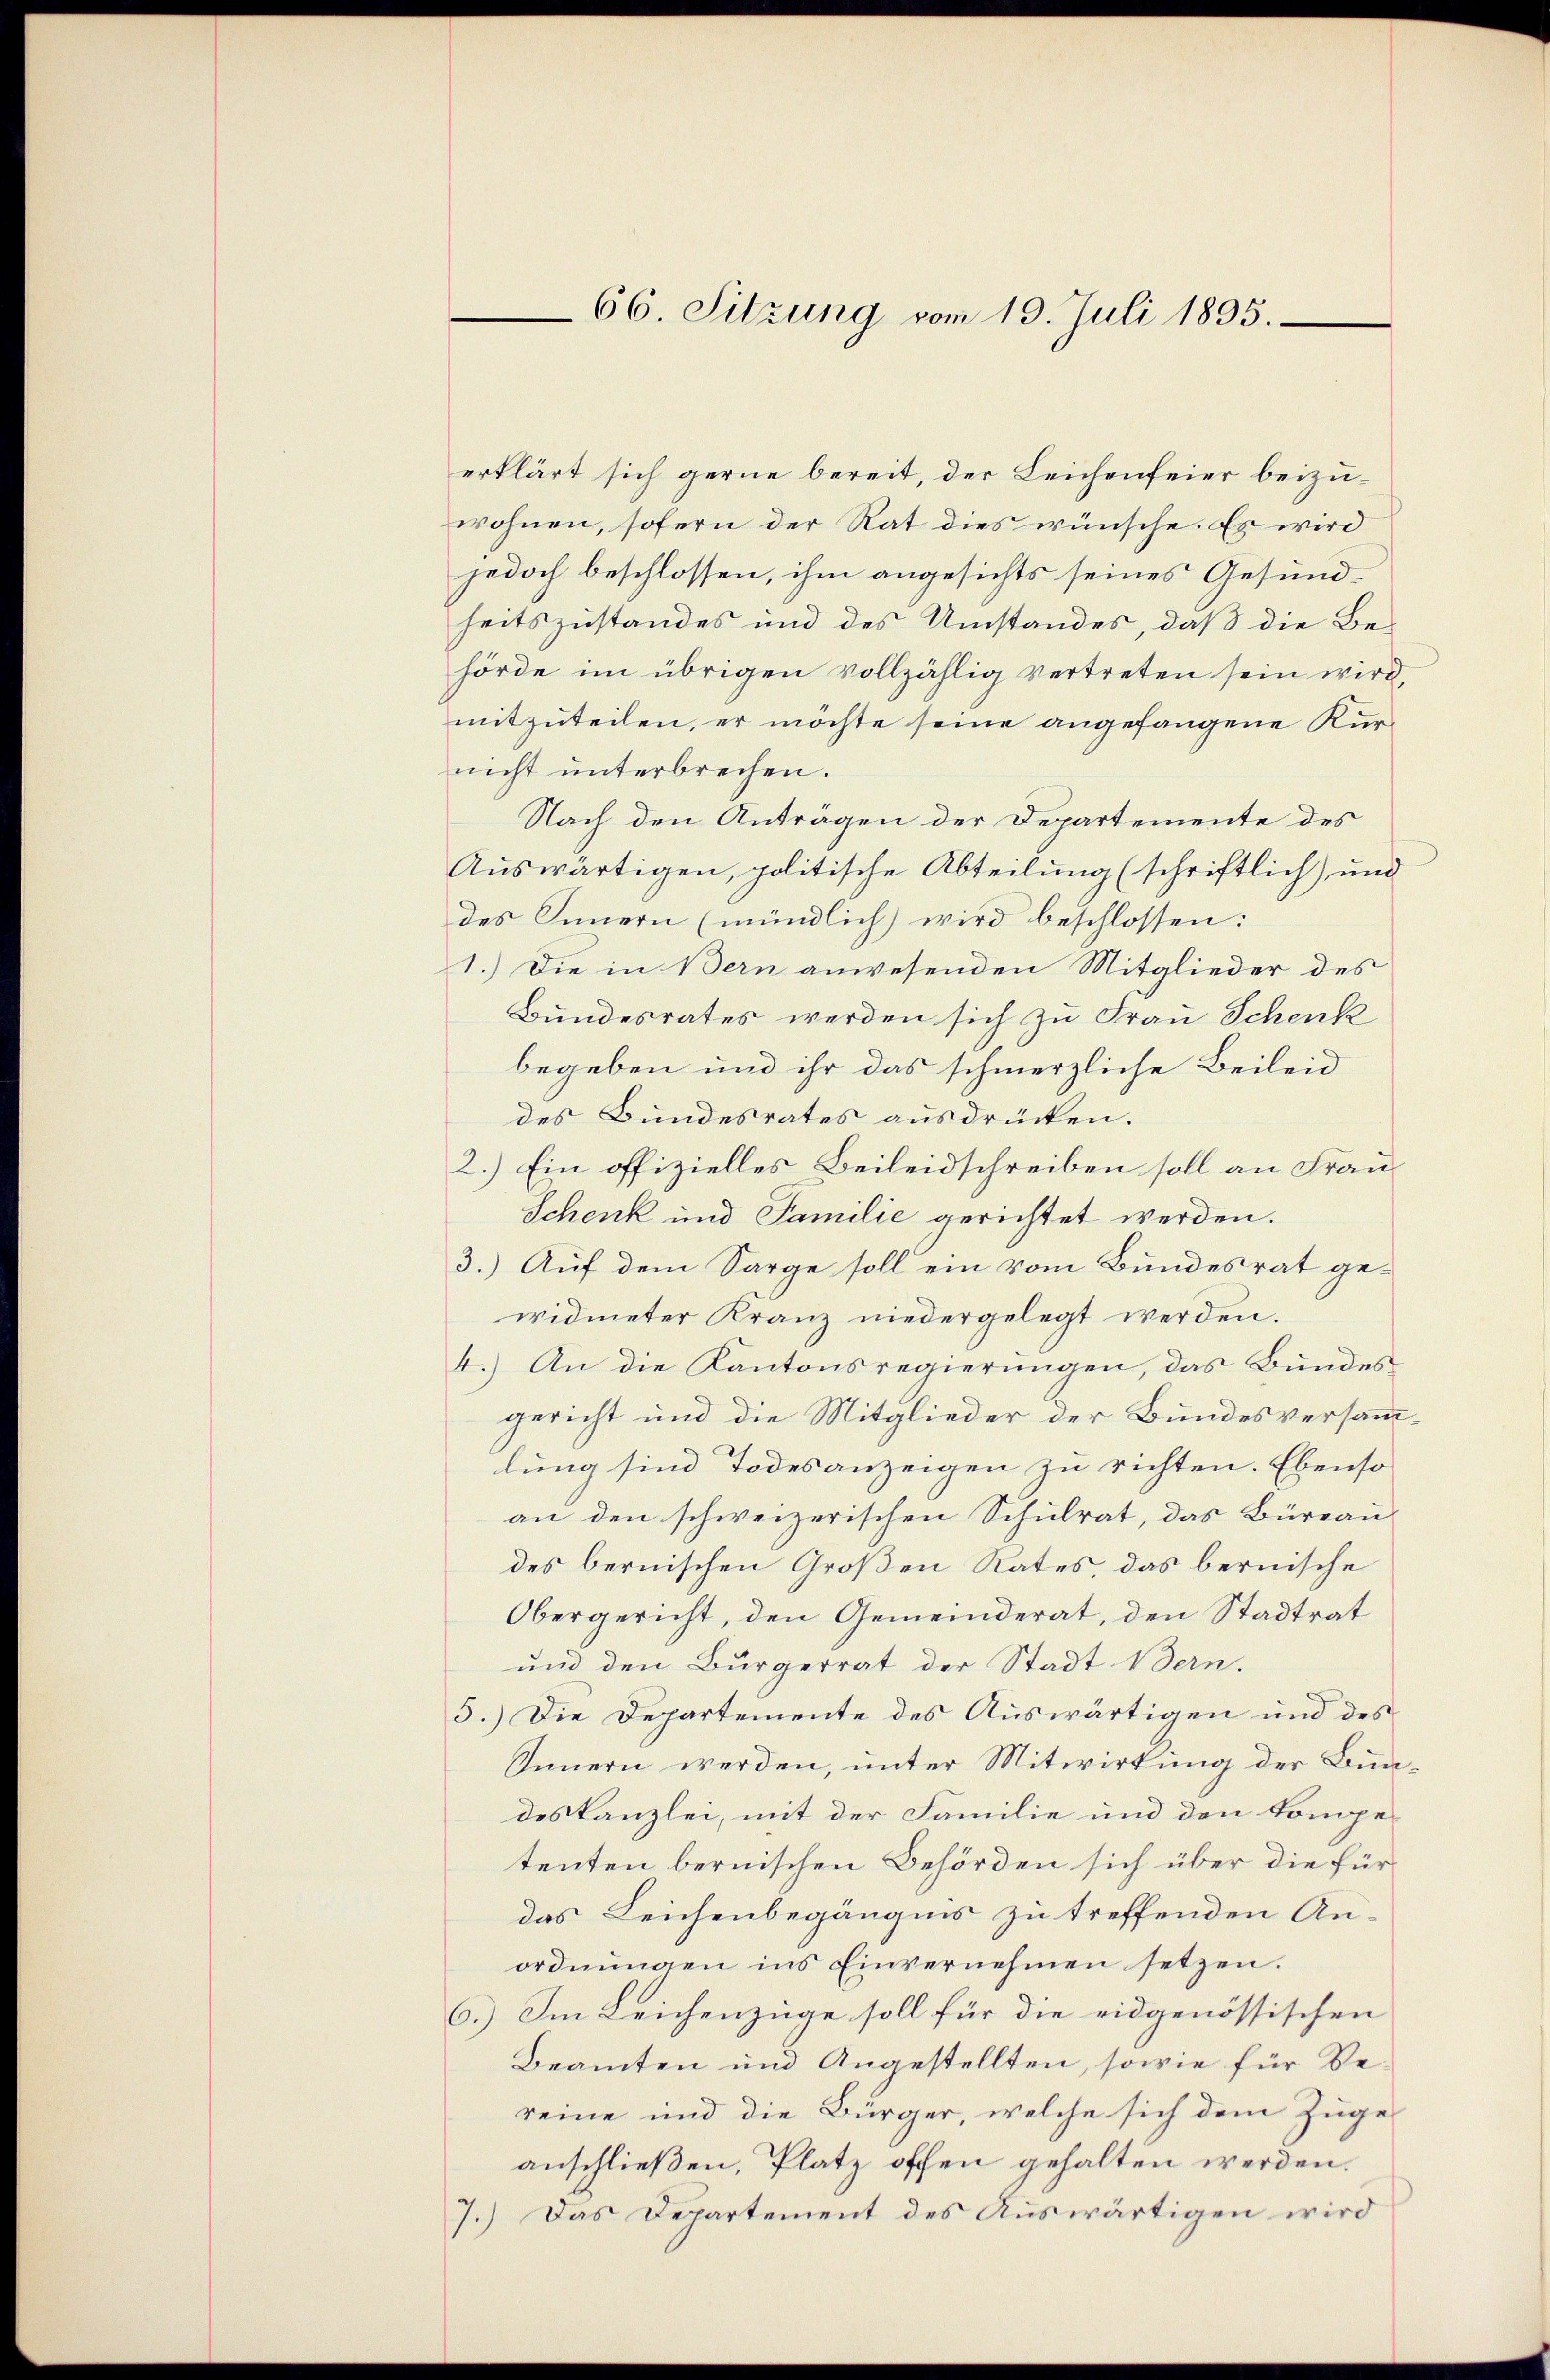
66. Sitzung vom 19. Juli 1895.

erklärt sich gerne bereit, der Leichenfeier beizuwohnen, sofern der Rat dies wünsche. Es wird
jedoch beschlossen, ihm angesichts seines Gesundheitszustandes und des Umstandes, daß die Behörde im übrigen vollzählig vertreten sein wird,
mitzuteilen, er möchte seine angefangene Kurnicht unterbrechen.
Nach den Anträgen der Departemente des
Auswärtigen, politische Abteilung (schriftlich) und
des Innern (mündlich) wird beschlossen:
1.) Die in Bern anwesenden Mitglieder des
Bundesrates werden sich zu Frau Schenk
begeben und ihr das schmerzliche Beileid
des Bundesrates ausdrücken.
2.) Ein offizielles Beileidschreiben soll an Frau
Schenk und Familie gerichtet werden.
3.) Auf dem Sarge soll ein vom Bundesrat gewidmeter Kranz niedergelegt werden.
4.) An die Kantonsregierungen, das Bundes
gericht und die Mitglieder der Bundesversammlung sind Todesanzeigen zu richten. Ebenso
an den schweizerischen Schulrat, das Büreau
des bernischen Großen Rates, das bernische
Obergericht, den Gemeinderat, den Stadtrat
und den Bürgerrat der Stadt Bern.
5.) Die Departemente des Auswärtigen und des
Innern werden, unter Mitwirkung der Bundeskanzlei, mit der Familie und den kompetenten bernischen Behörden sich über die für
das Leichenbegängnis zu treffenden An-
ordnungen ins Einvernehmen setzen.
6.) Im Leichenzüge soll für die eidgenössischen
Beamten und Angestellten, sowie für Bereine und die Bürger, welche sich dem Zuge
anschließen, Platz offen gehalten werden.
7.) Das Departement des Auswärtigen wird